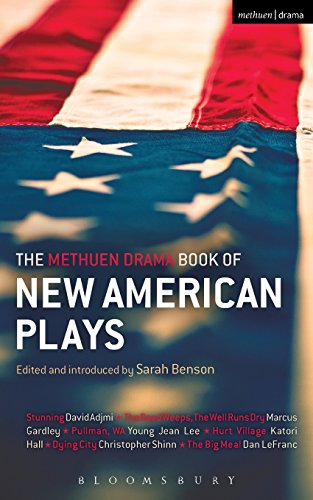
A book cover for The Methuen Drama Book of New American Plays; Literature & Fiction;